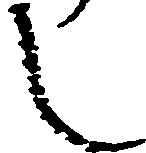
し